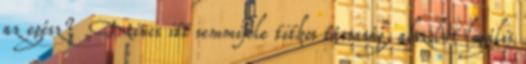
az egész? „Nincs itt semmiféle titkos társaság, ab­szolút legális